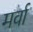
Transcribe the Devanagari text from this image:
मर्वा